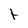
Character: t